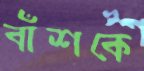
বাঁশকে